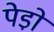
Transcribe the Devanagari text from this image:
पेडो़